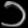
Digit: ၁